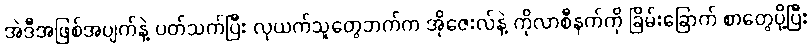
အဲဒီအဖြစ်အပျက်နဲ့ ပတ်သက်ပြီး လုယက်သူတွေဘက်က အိုဇေးလ်နဲ့ ကိုလာစီနက်ကို ခြိမ်းခြောက် စာတွေပို့ပြီး